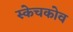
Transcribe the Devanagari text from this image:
स्केचकोव